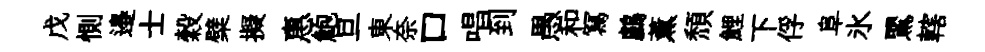
戊惻邉士穀檗擬惠鮑旦東奈口唱到愚和冩鸕薫頽鯉下俘阜氷鸎轄